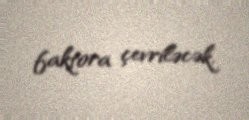
faktora çevriləcək.